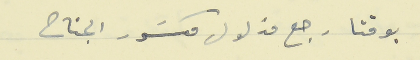
بوقتا رجع مذلول مكسَور الجناح